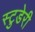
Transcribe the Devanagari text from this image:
स्टुडेरी